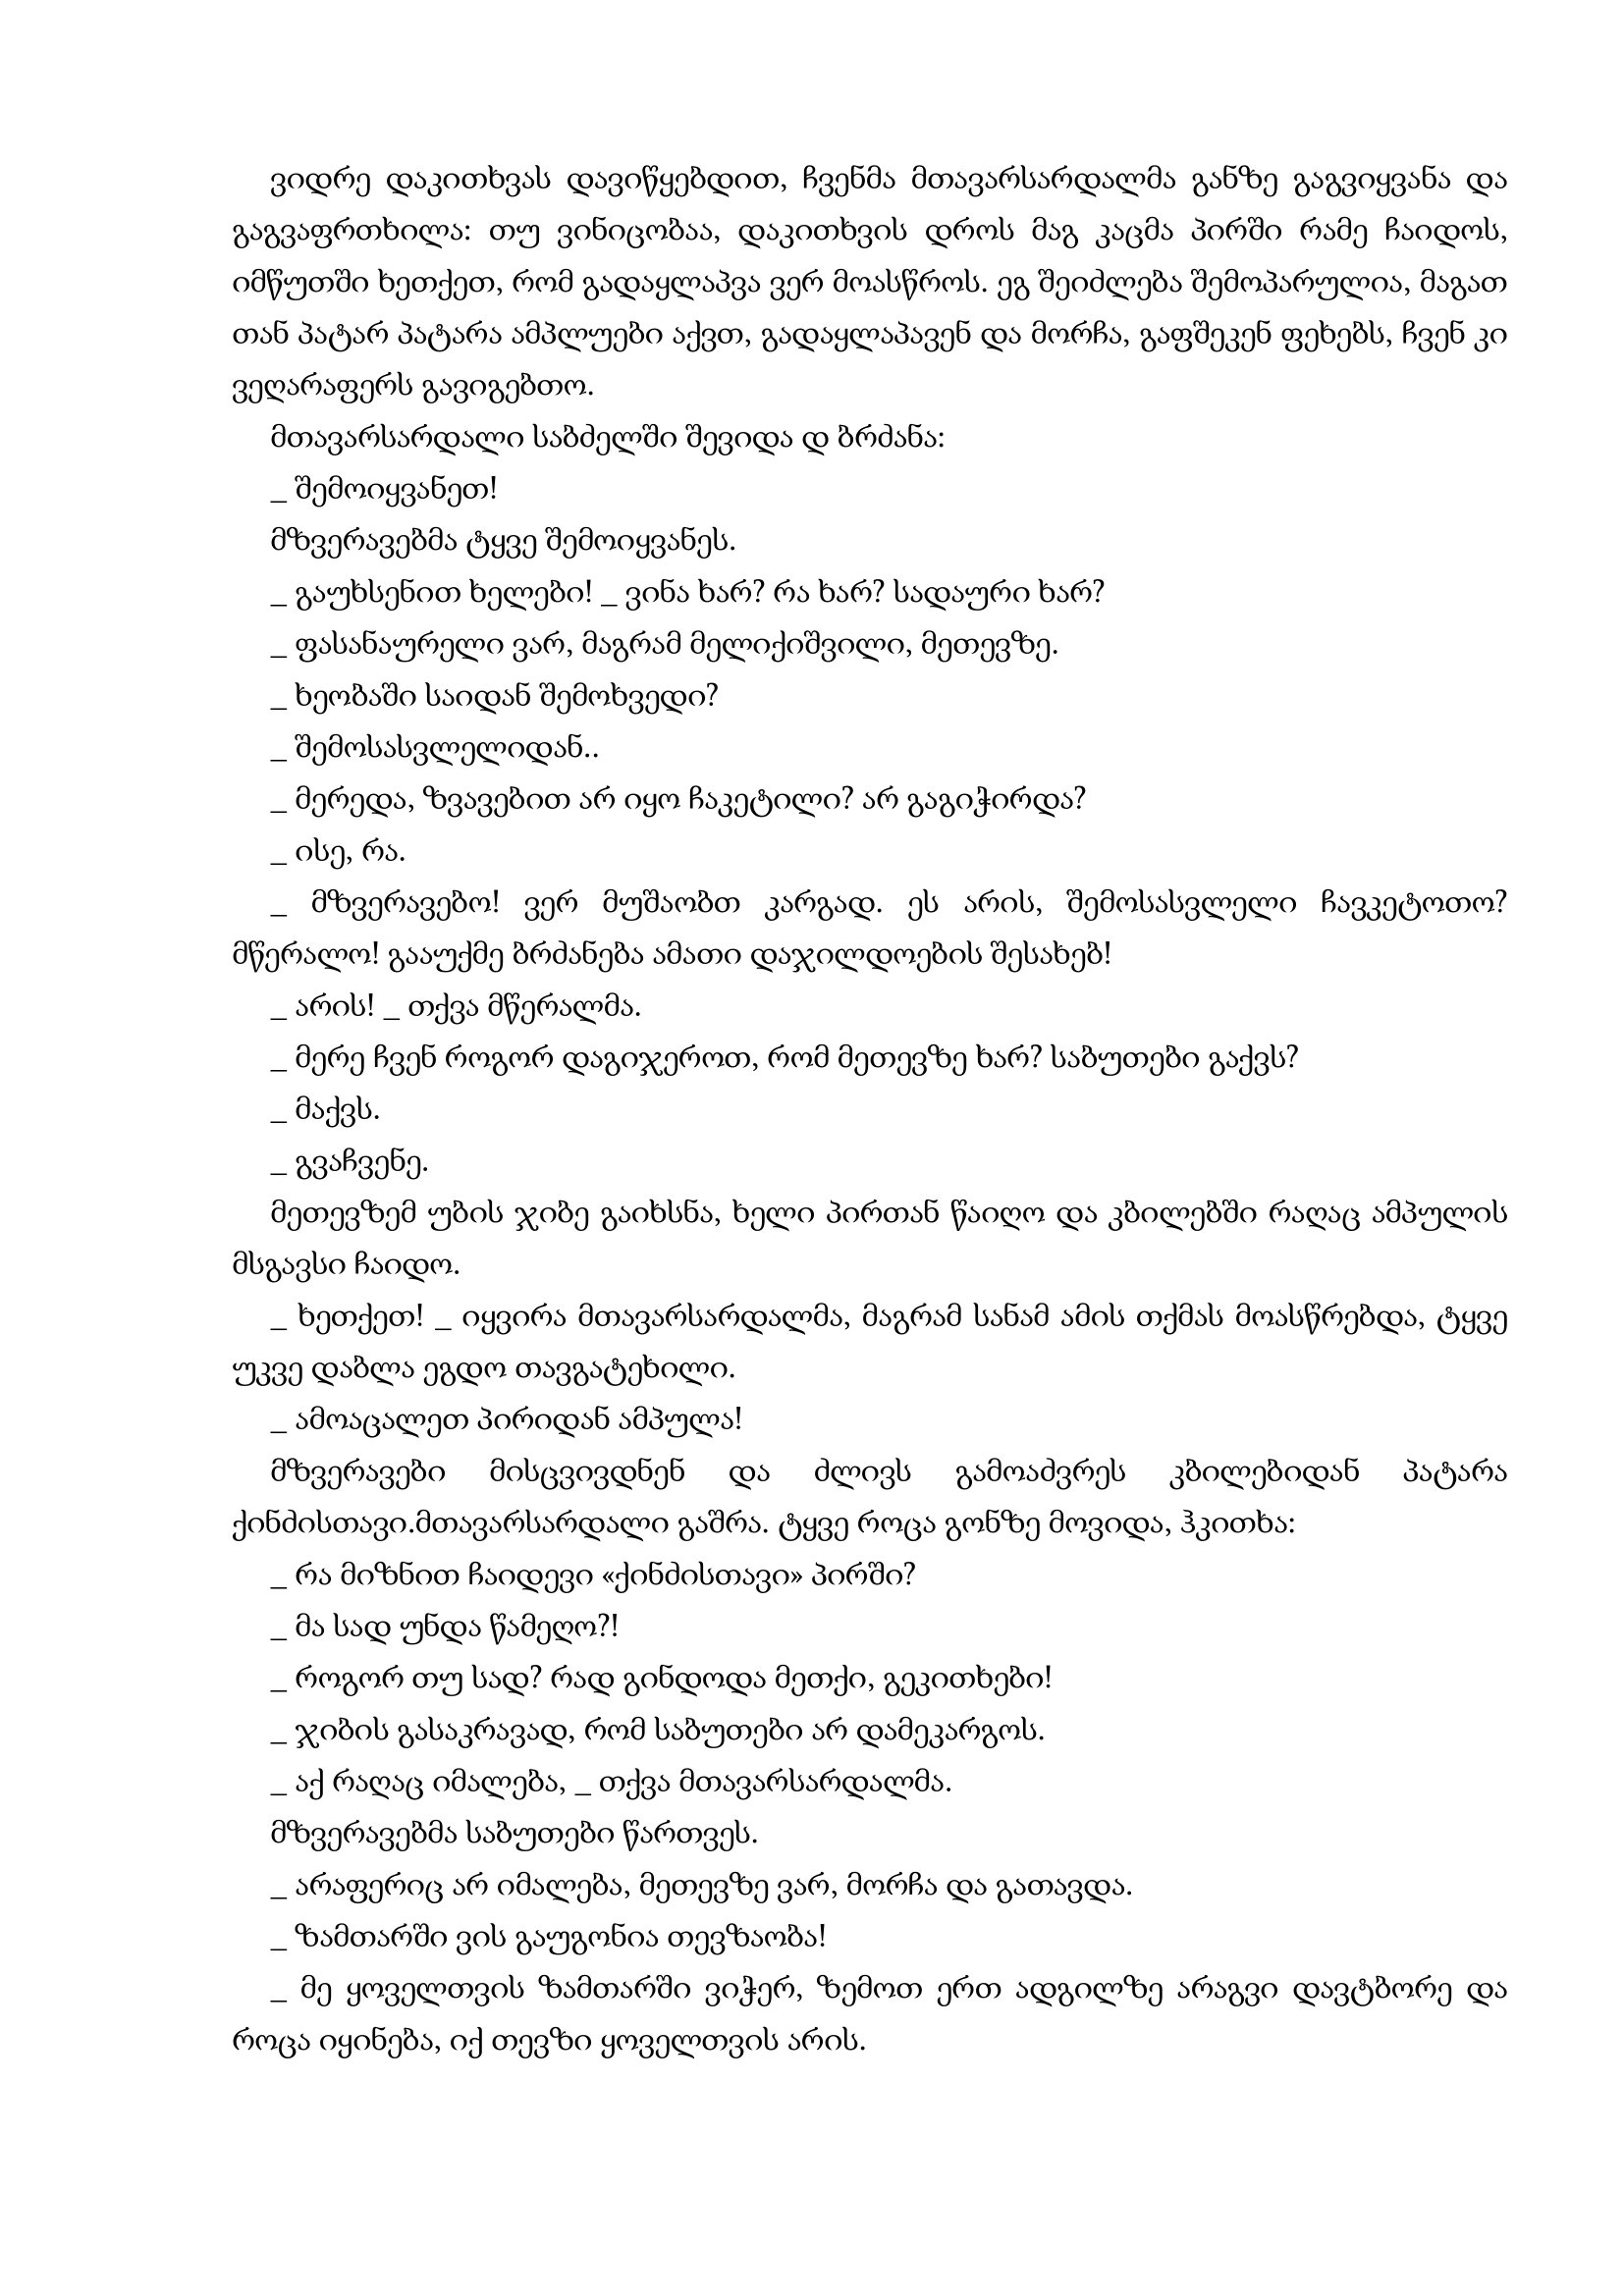
Language: gr